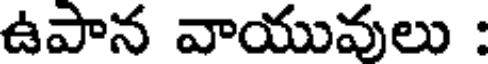
ఉపాన వాయువులు :